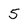
Character: 5